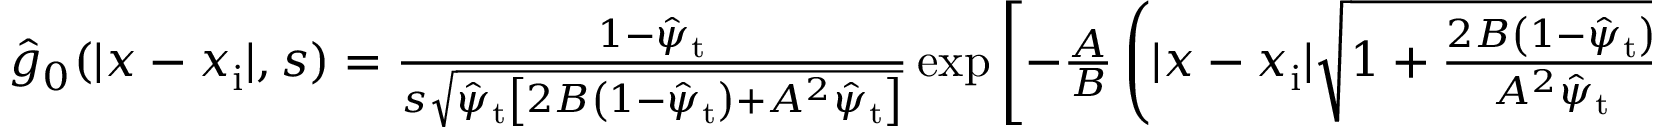
\begin{array} { r } { \hat { g } _ { 0 } ( | x - x _ { \mathrm { i } } | , s ) = \frac { 1 - \hat { \psi } _ { \mathrm { t } } } { s \sqrt { \hat { \psi } _ { \mathrm { t } } \left[ 2 B \left( 1 - \hat { \psi } _ { \mathrm { t } } \right) + A ^ { 2 } \hat { \psi } _ { \mathrm { t } } \right] } } \exp \left[ - \frac { A } { B } \left( | x - x _ { \mathrm { i } } | \sqrt { 1 + \frac { 2 B \left( 1 - \hat { \psi } _ { \mathrm { t } } \right) } { A ^ { 2 } \hat { \psi } _ { \mathrm { t } } } } \right) \right] . } \end{array}